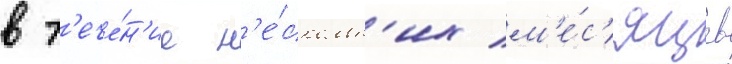
в т'ече́н'ие н'е́скольк'их м'е́с'яцев